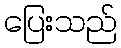
ပြေးသည်